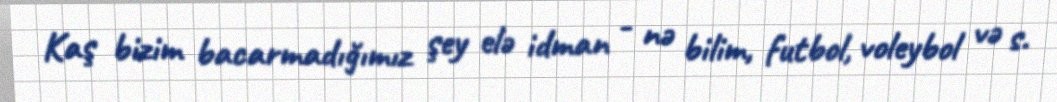
Kaş bizim bacarmadığımız şey elə idman - nə bilim, futbol, voleybol və s.